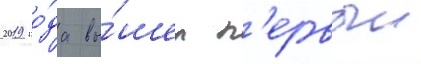
2019 го́да вы́шел п'ервыи